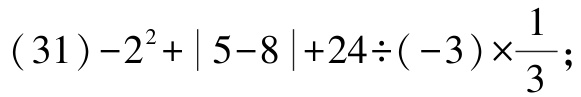
\((31)-2^{2}+|5 - 8|+24\div(-3)\times\frac{1}{3}\);